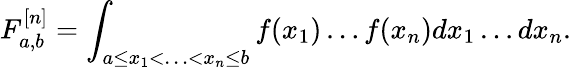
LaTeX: F_{a,b}^{[n]}=\int_{a\leq x_{1}<\ldots<x_{n}\leq b}f(x_{1})\ldots f(x_{n})dx_{1}\ldots dx_{n}.